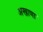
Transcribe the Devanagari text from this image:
अखाणा